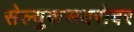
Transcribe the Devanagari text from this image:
सेल्युकसबरोबर